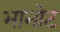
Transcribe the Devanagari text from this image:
भानोट